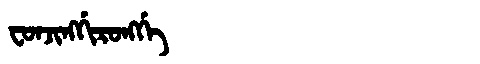
Manchu: ᠸᠣᠨᠵᡳᠩᡤᡳᡵᠣᠩᡤᡝ
Romanization: FONJINGGIRONGGE